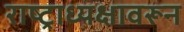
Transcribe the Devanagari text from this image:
राष्ट्राध्यक्षावरून